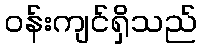
ဝန်းကျင်ရှိသည်